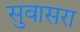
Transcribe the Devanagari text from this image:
सुवासरा